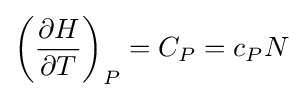
\left({\frac {\partial H}{\partial T}}\right)_{P}=C_{P}=c_{P}N